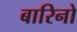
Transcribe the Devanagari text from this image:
बारिनो